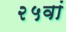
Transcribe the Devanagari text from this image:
२५वां